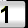
Digit: 1